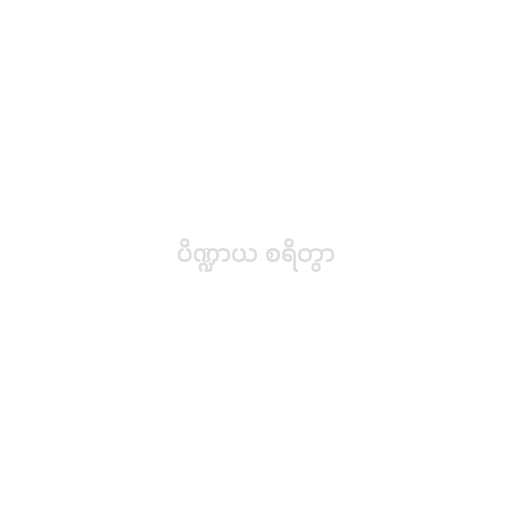
ပိဏ္ဍာယ စရိတွာ